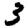
Digit: 3